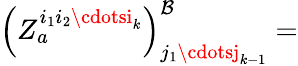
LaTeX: \left(Z_{a}^{i_{1}i_{2}\cdotsi_{k}}\right)_{j_{1}\cdotsj_{k-1}}^{\mathcal{B}}=